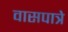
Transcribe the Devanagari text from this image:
वासपात्रे